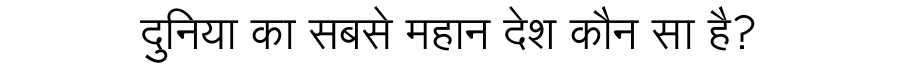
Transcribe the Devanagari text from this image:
दुनिया का सबसे महान देश कौन सा है?